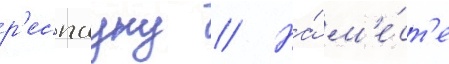
р'еспауну // На́ м'е́ст'е